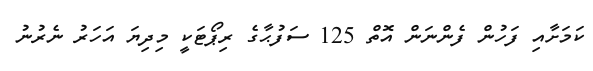
ކަމަށާއި ފަހުން ފެންނަން އޮތް 125 ސަފުޙާގެ ރިޕޯޓަކީ މިދިޔަ އަހަރު ނެރުނު